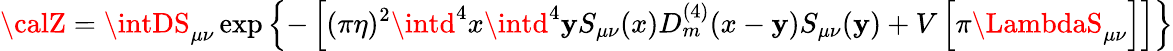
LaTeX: {\calZ}=\intDS_{\mu\nu}\exp\left\{ -\left[(\pi\eta)^{2}\intd^{4}x\intd^{4}\mathbf{y}S_{\mu\nu}(x)D_{m}^{(4)}(x-\mathbf{y})S_{\mu\nu}(\mathbf{y})+V\left[\pi\LambdaS_{\mu\nu}\right]\right]\right\}